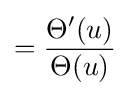
={\frac {\Theta '(u)}{\Theta (u)}}